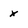
Character: x